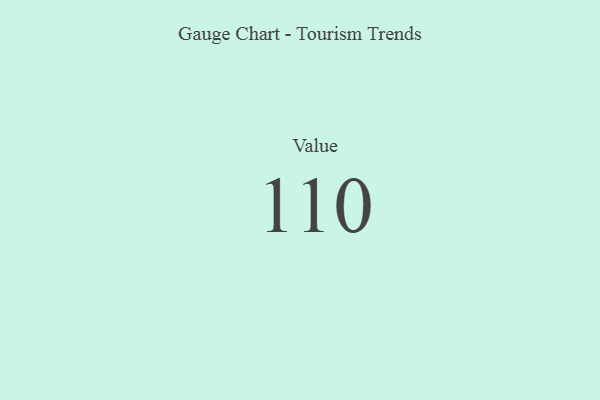
{"axis": {"x": "Metric", "y": "Value"}, "legend": [""], "data": [{"x": "Value", "y": 110, "type": ""}]}